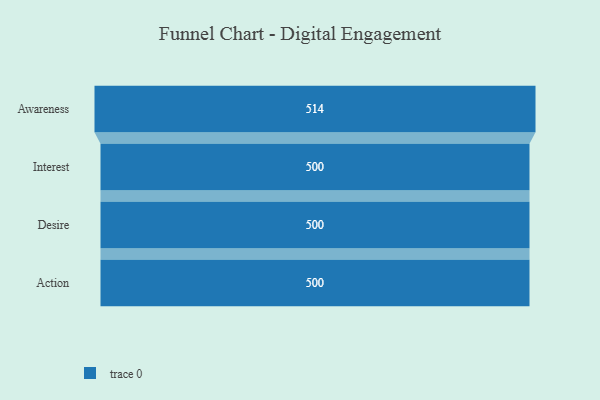
{"axis": {"x": "Stage", "y": "Value"}, "legend": [""], "data": [{"x": "Awareness", "y": 514.0, "type": ""}, {"x": "Interest", "y": 500, "type": ""}, {"x": "Desire", "y": 500, "type": ""}, {"x": "Action", "y": 500, "type": ""}]}